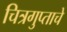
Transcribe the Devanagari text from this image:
चित्रगुप्ताचे